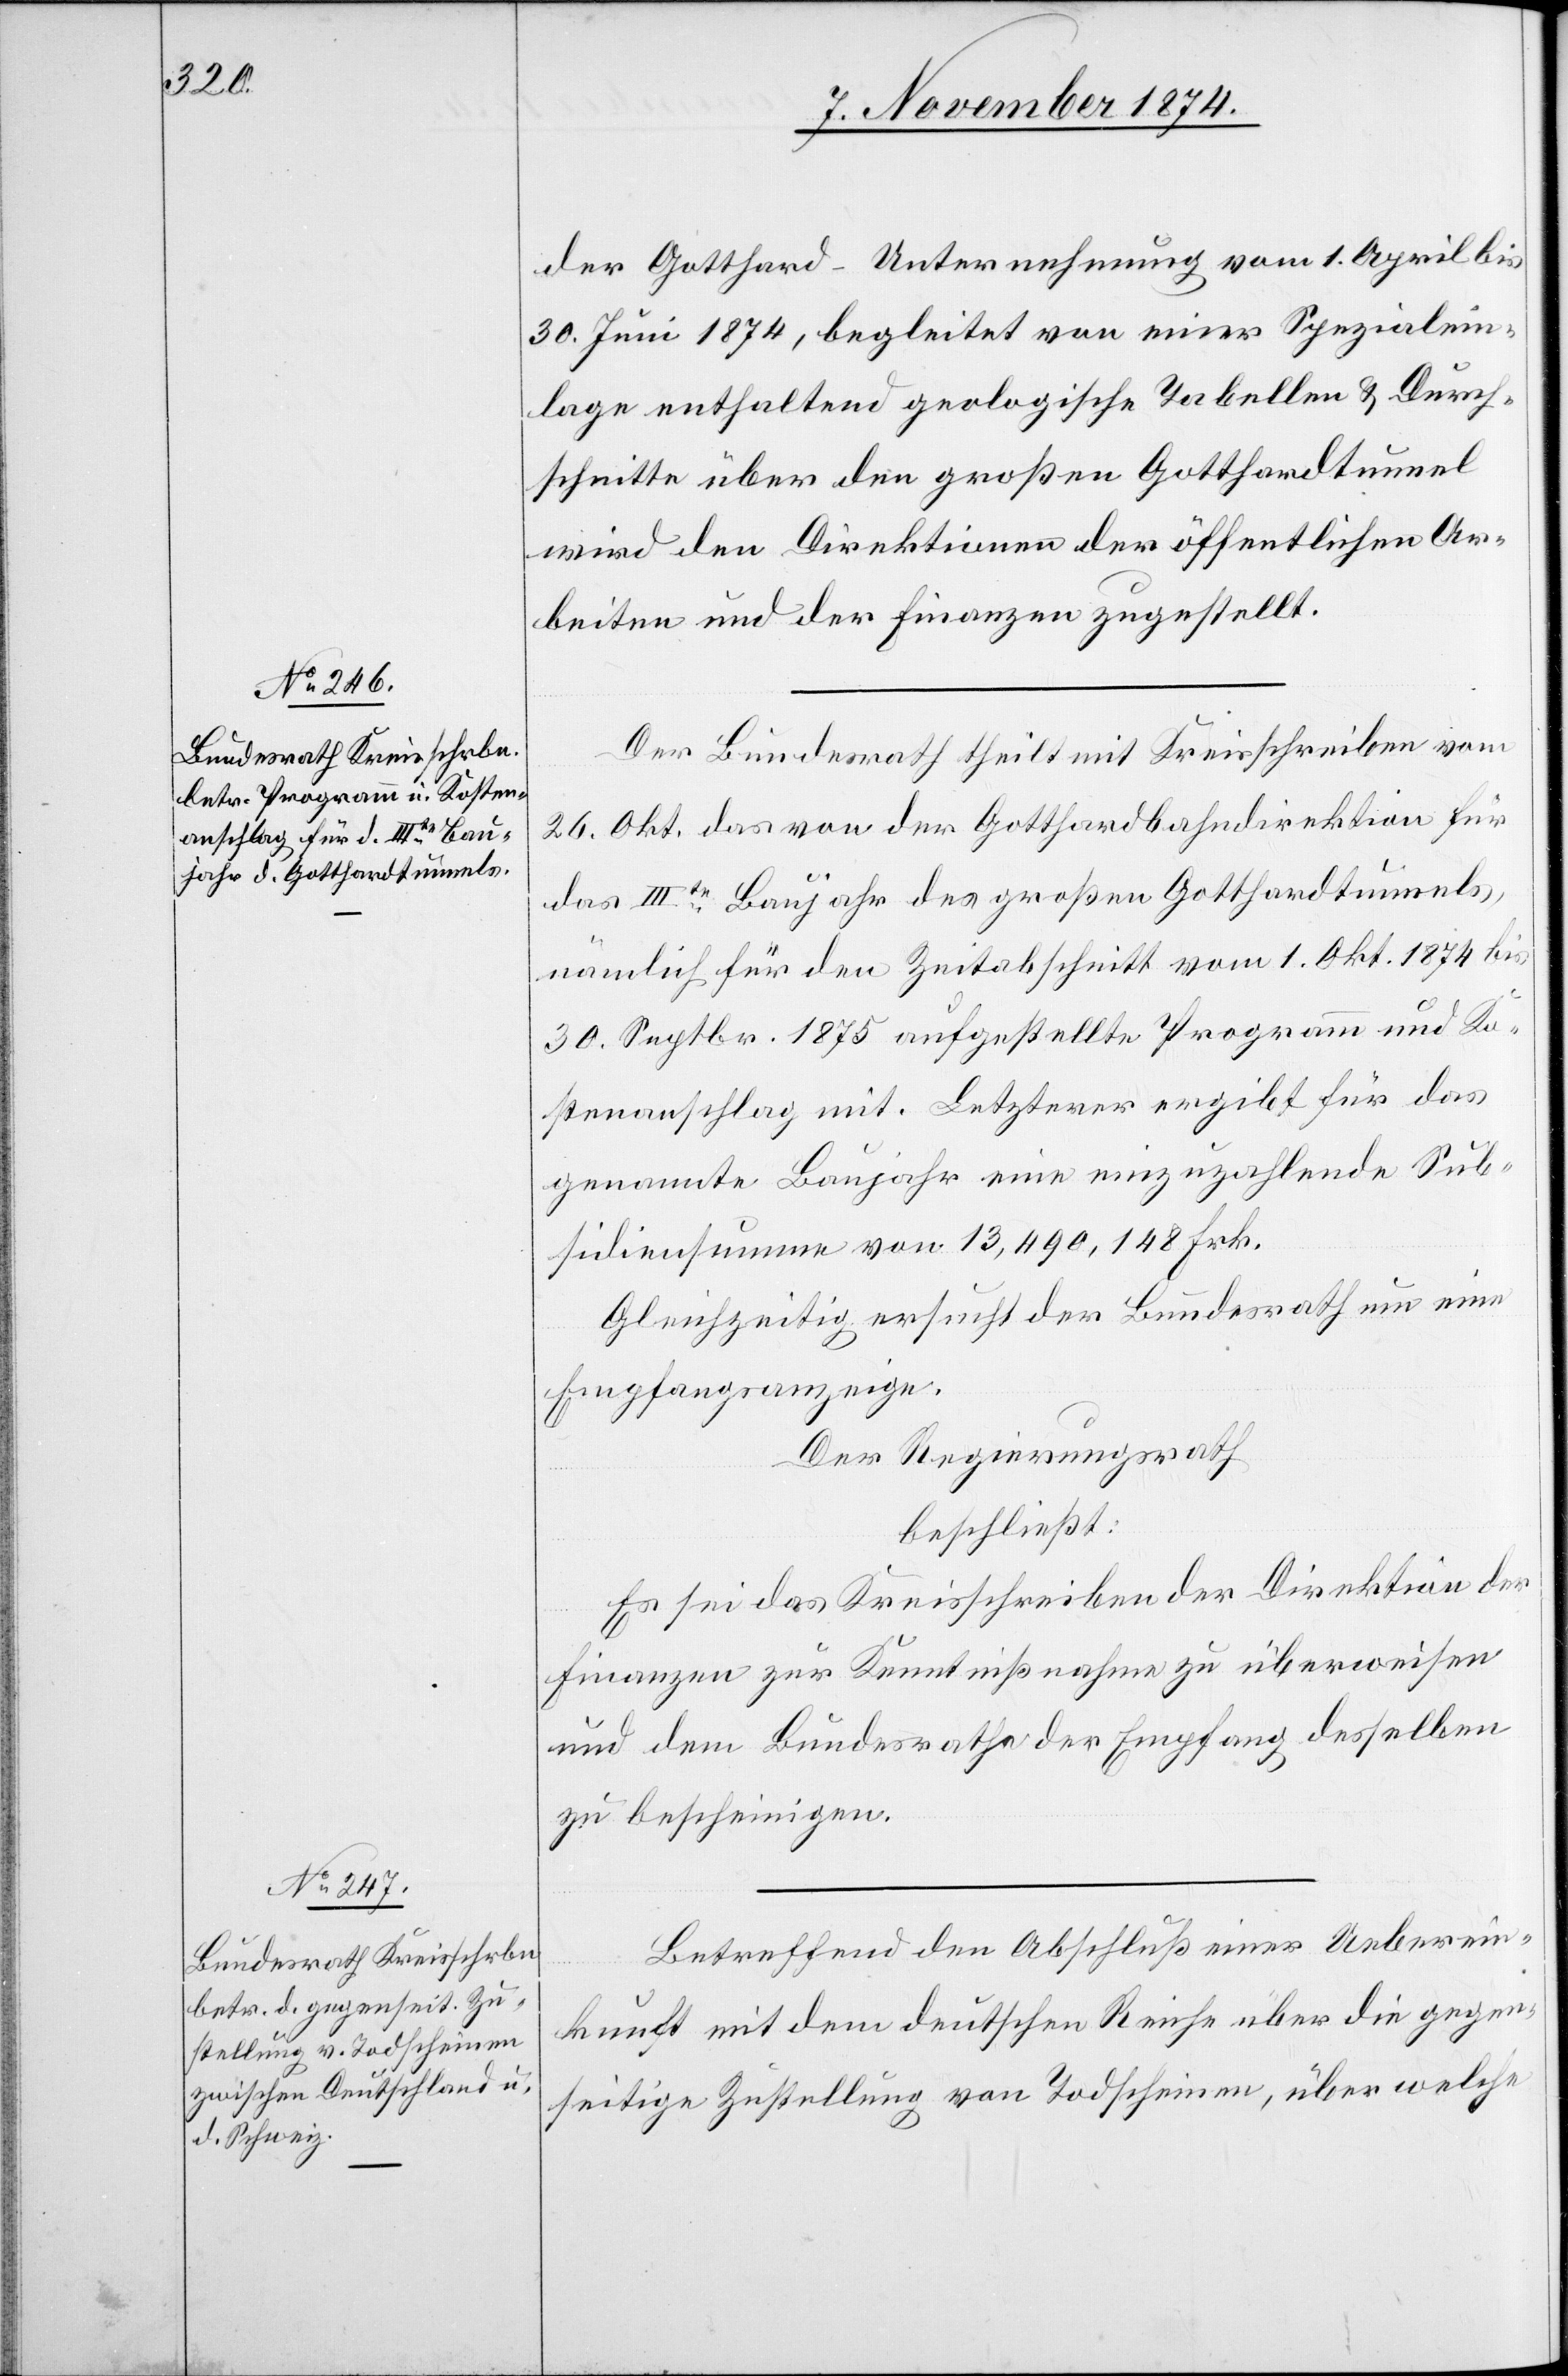
der Gotthard-Unternehmung vom 1. April bis
30. Juni 1874, begleitet von einer Spezialein¬
lage enthaltend geologische Tabellen & Durch¬
schnitte über den großen Gotthardtunnel
wird den Direktionen der öffentlichen Ar¬
beiten und der Finanzen zugestellt.
Der Bundesrath theilt mit Kreisschreiben vom
26. Okt. das von der Gotthardbahndirektion für
das IIIte Baujahr des großen Gotthardtunnels,
nämlich für den Zeitabschnitt vom 1. Okt. 1874 bis
30. Septbr. 1875 aufgestellte Programm und Ko¬
stenanschlag mit. Letzterer ergibt für das
genannte Baujahr eine einzuzahlende Sub¬
sidiensumme von 13,490,148 Frk.
Gleichzeitig ersucht der Bundesrath um eine
Empfangsanzeige.
Der Regierungsrath
beschließt:
Es sei das Kreisschreiben der Direktion der
Finanzen zur Kenntnißnahme zu überweisen
und dem Bundesrathe der Empfang desselben
zu bescheinigen.
Betreffend den Abschluß einer Ueberein¬
kunft mit dem deutschen Reiche über die gegen¬
seitige Zustellung von Todscheinen, über welche